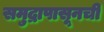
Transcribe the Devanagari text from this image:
समुद्रापासूनची